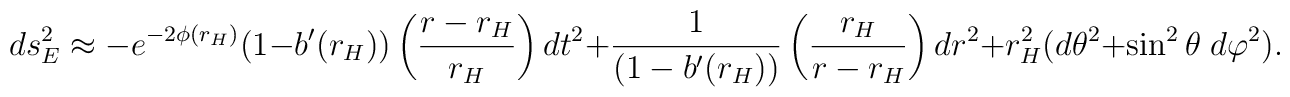
ds^2_E \approx - e^{-2\phi(r_H)} (1-b'(r_H))                 \left({r-r_H\over r_H}\right)   dt^2       + {1\over(1-b'(r_H))} \left({r_H\over r-r_H}\right) dr^2       + r_H^2(d\theta^2 + \sin^2\theta\; d\varphi^2).